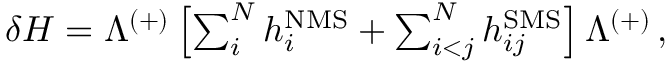
\begin{array} { r } { \delta H = \Lambda ^ { ( + ) } \left[ \sum _ { i } ^ { N } h _ { i } ^ { \mathrm { N M S } } + \sum _ { i < j } ^ { N } h _ { i j } ^ { \mathrm { S M S } } \right] \Lambda ^ { ( + ) } \, , } \end{array}